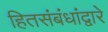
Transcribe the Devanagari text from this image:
हितसंबंधांद्वारे